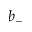
b _ { - }